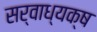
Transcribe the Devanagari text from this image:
सर्वाध्यक्ष